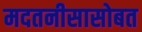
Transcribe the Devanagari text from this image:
मदतनीसासोबत